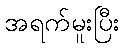
အရက်မူးပြီး